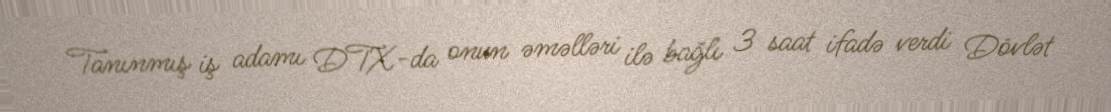
Tanınmış iş adamı DTX-da onun əməlləri ilə bağlı 3 saat ifadə verdi Dövlət